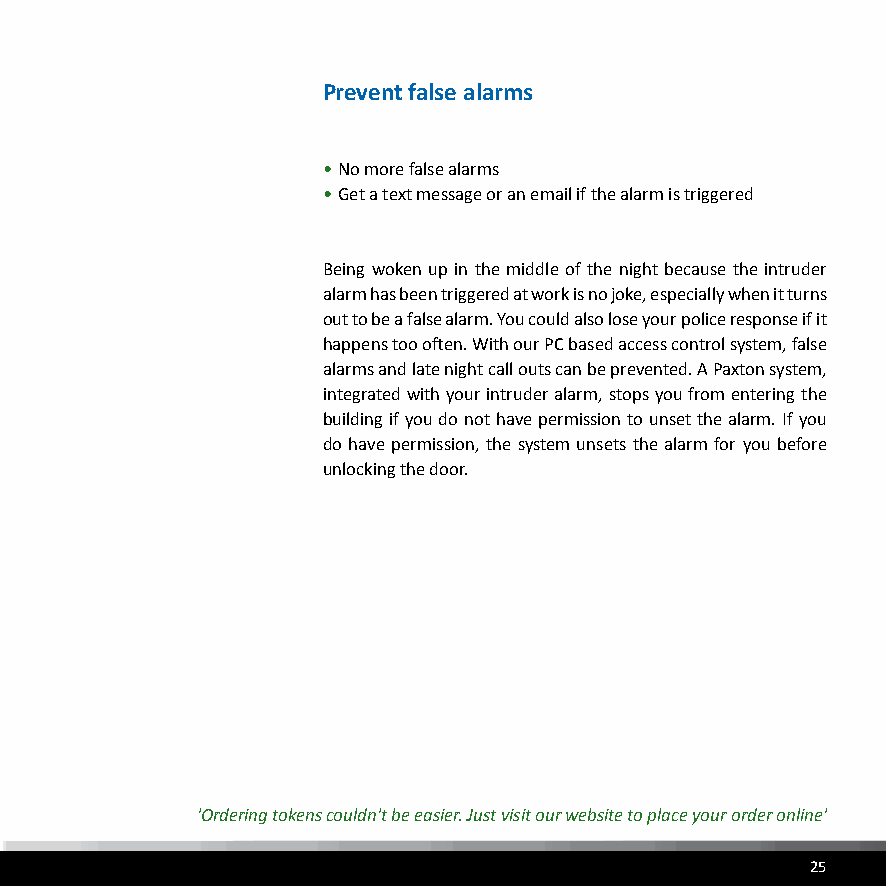
Prevent false alarms
 • No more false alarms
 • Get a text message or an email if the alarm is triggered
 Being woken up in the middle of the night because the intruder
 alarm has been triggered at work is no joke, especially when it turns
 out to be a false alarm. You could also lose your police response if it
 happens too often. With our PC based access control system, false
 alarms and late night call outs can be prevented. A Paxton system,
 integrated with your intruder alarm, stops you from entering the
 building if you do not have permission to unset the alarm. If you
 do have permission, the system unsets the alarm for you before
 unlocking the door.
 'Ordering tokens couldn't be easier. Just visit our website to place your order online'
 25